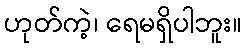
ဟုတ်ကဲ့၊ ရေမရှိပါဘူး။